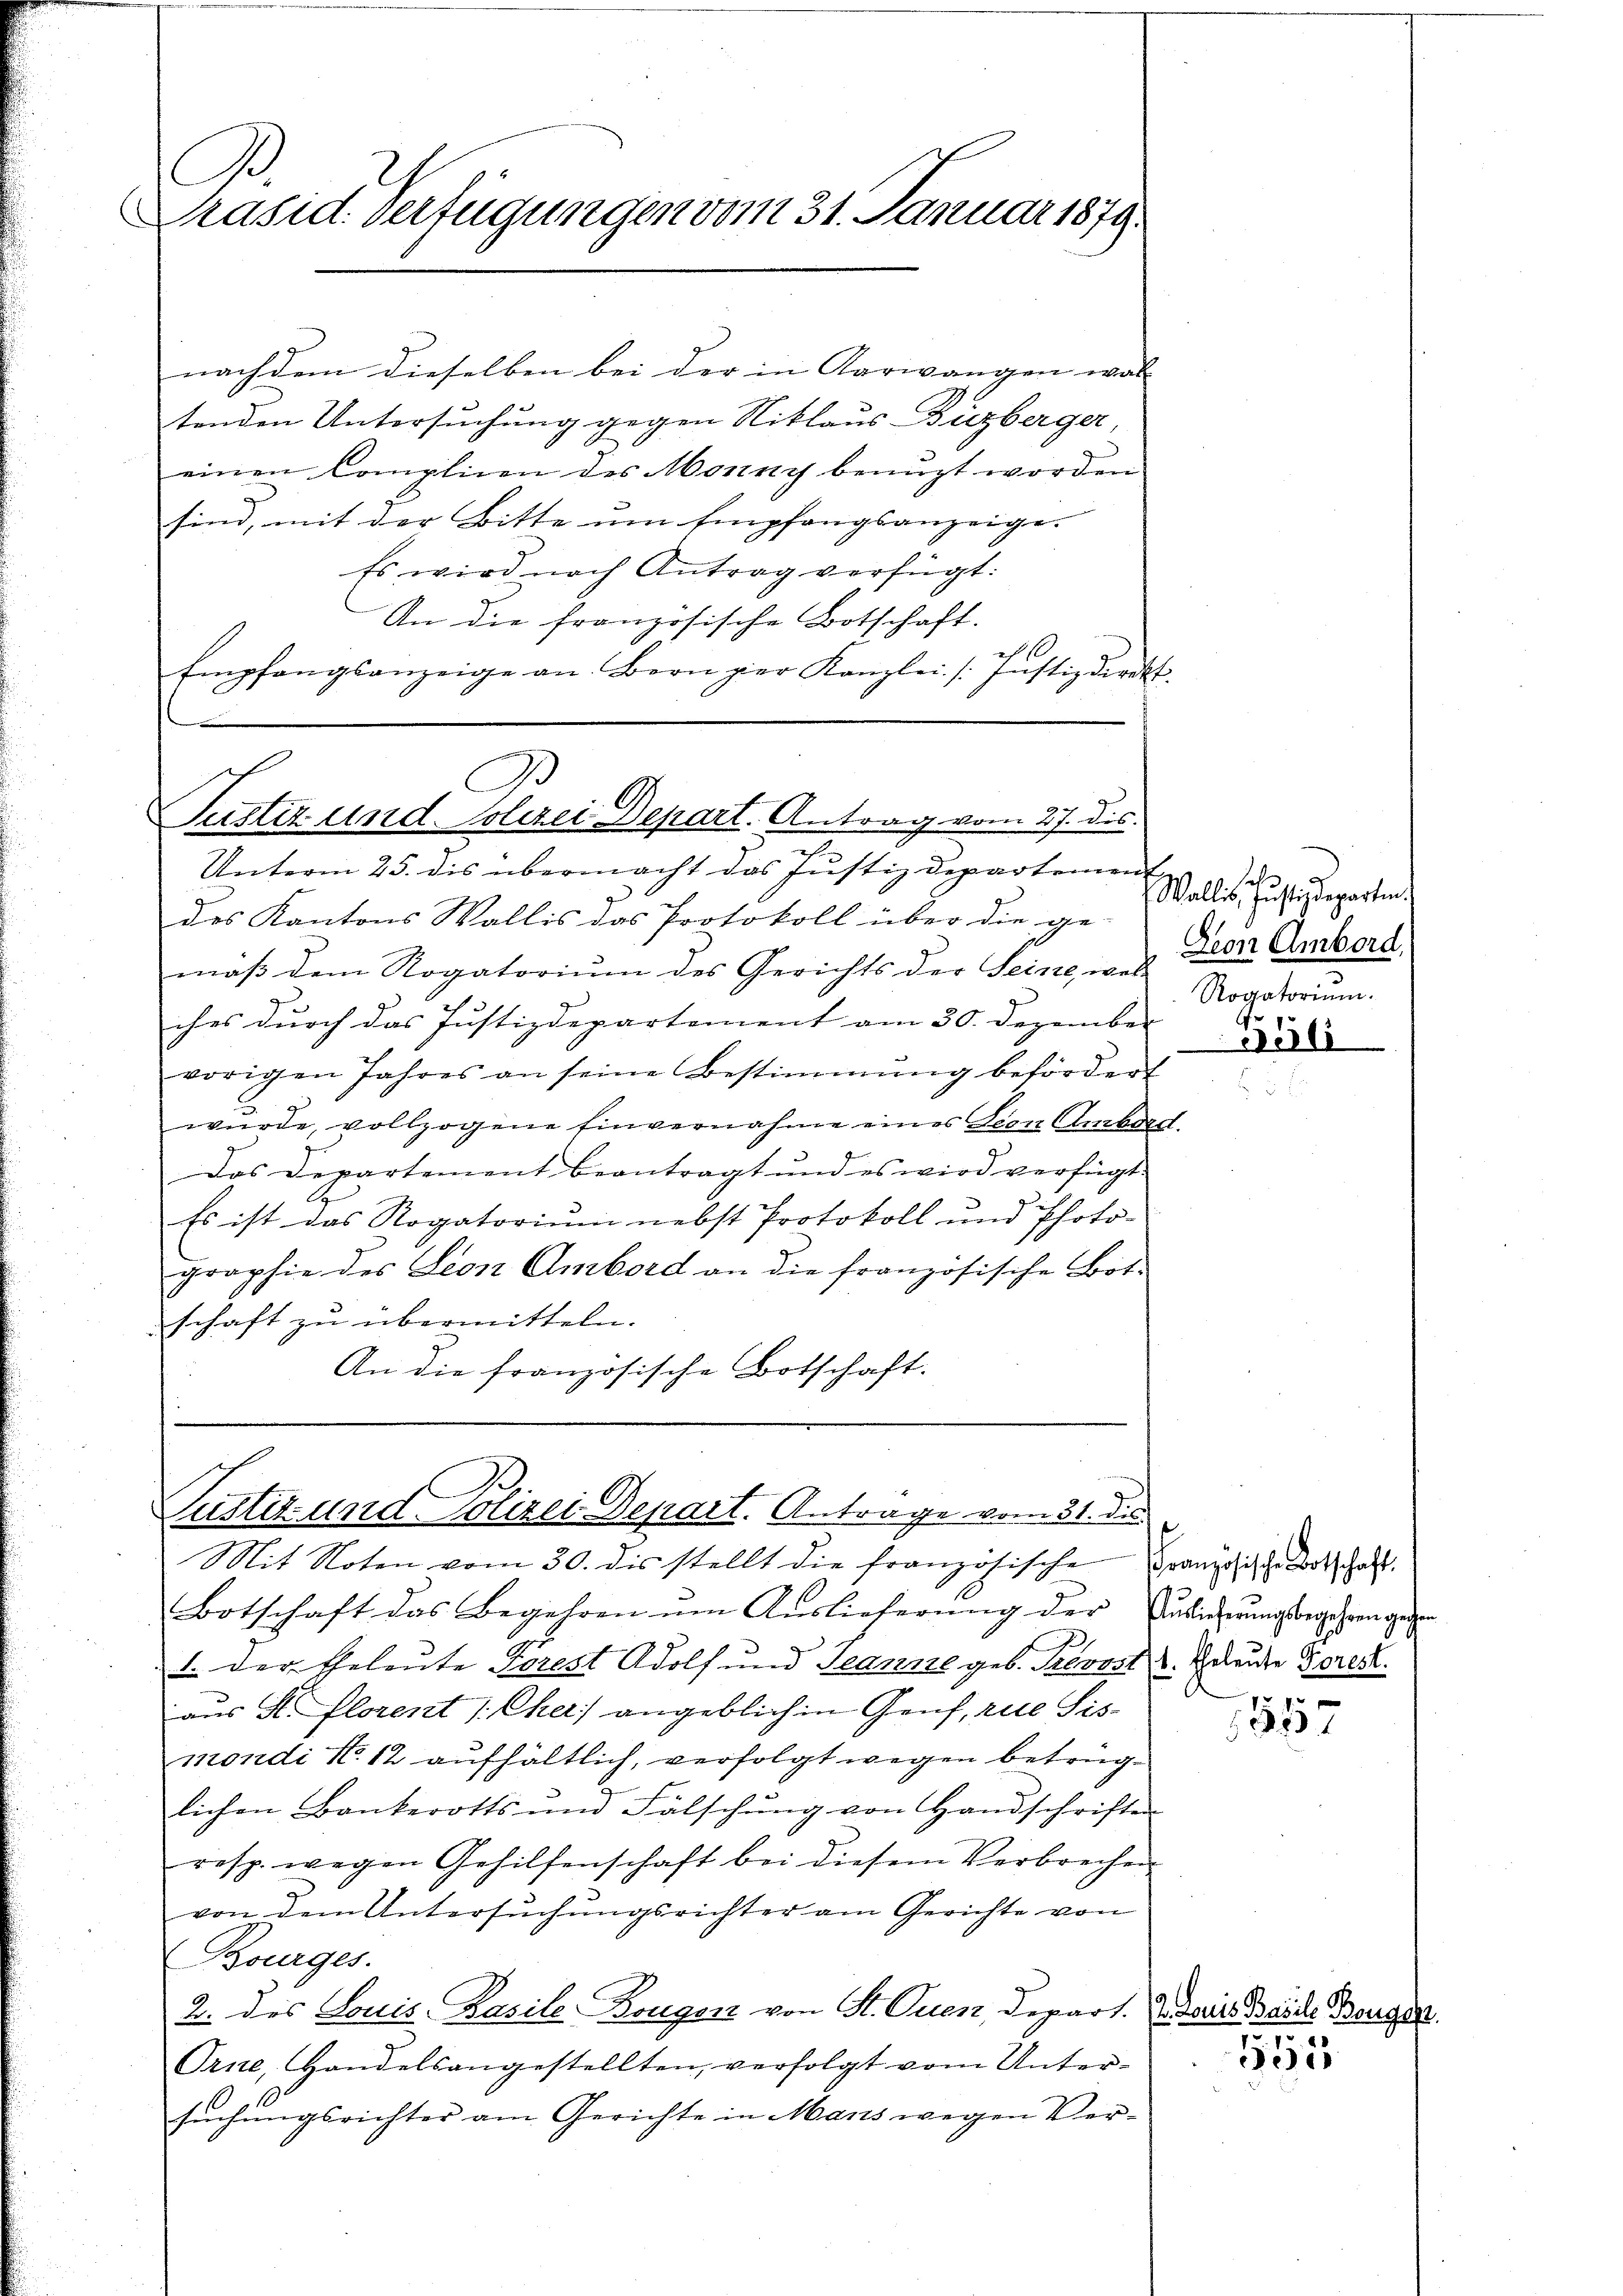
C
Präsid. verfügungen vom 31. Januar 1879.

nachdem dieselben bei der in Aarwangen was |
tenden Untersuchung gegen Niklaus-Büzberger,
einen Complicen des Monny benuzt worden
sind, mit der Bitte um Empfangsanzeige-
Es wird nach Antrag verfügt:
An die französische Botschaft.
10
Empfangsanzeige an. Bern hier Kanzlei /: Justizdirekt.

B
6
9
Justiz und Polizei Depart. Antrag vom 27. dis

Unterm 25. dis übermacht das Justizdepartemen
des Kantons Wallis das Protokoll über die ge-
maβ dem Rogatoriŭm des Gerichts der Seine wer den Ambord
ches durch das Justizdepartement am 30. Dezember
vorigen Jahres an seine Bestimmung befördert
wurde, vollzogene Einvernahme eines Leon Ambard.
Das Departement beantragt und es wird verfügt:
Es ist das Rogatoriŭm nebst Protokoll und Photo-
graphie des Leon Ambord an die französische Bot.
schaft zu übermitteln.
An die französische Botschaft.

Justiz und Polizei Depart. Antrage vom 31. die

Mit Noten vom 30. dis stellt die französische Gränzlich gehal
Botschaft das Begehren um Auslieferung der Audierungsbegehren gegen
1. Der Eheleute Forest Adolf und Teanne geb. Prevost u. Geleute Forest.
aus A. Florent (Cher) angeblich in Genf, rite Sismondi N. 12 aufhältlich, verfolgt wegen betrüglichen Bankerotts und Fälschŭng von Handschriften
resp. wegen Gehilfenschaft bei diesem Verbrechen
von dem Untersŭchŭngsrichter am Gerichte von
Bourges.
2. des Louis, Basile-Bougerz von St. Quen, Depart. 2. Dariis Bande Borgen.
Orne, Handelsangestellten, verfolgt vom Unter-
suchungsrichter am Gerichte in Mans wegen Ver-

sahe
Wallis, Justizdeparten.
Rogatorium.

5511

1557

153